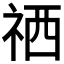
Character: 𥙘